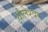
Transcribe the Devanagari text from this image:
धौलेश्वर